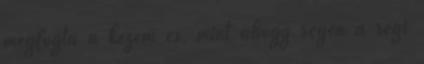
megfogta a kezem és, mint ahogy régen a régi